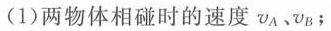
(1)两物体相碰时的速度v_{A}、v_{B}；